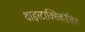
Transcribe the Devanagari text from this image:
थाइरटाक्सिकोसिस